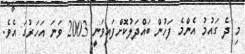
މި ދެ ގައުމު އެންމެ ފަހުން ބައްދަލުކޮށްފައިވަނީ 2003 ވަނަ އަހަަރުގަ އެވެ.